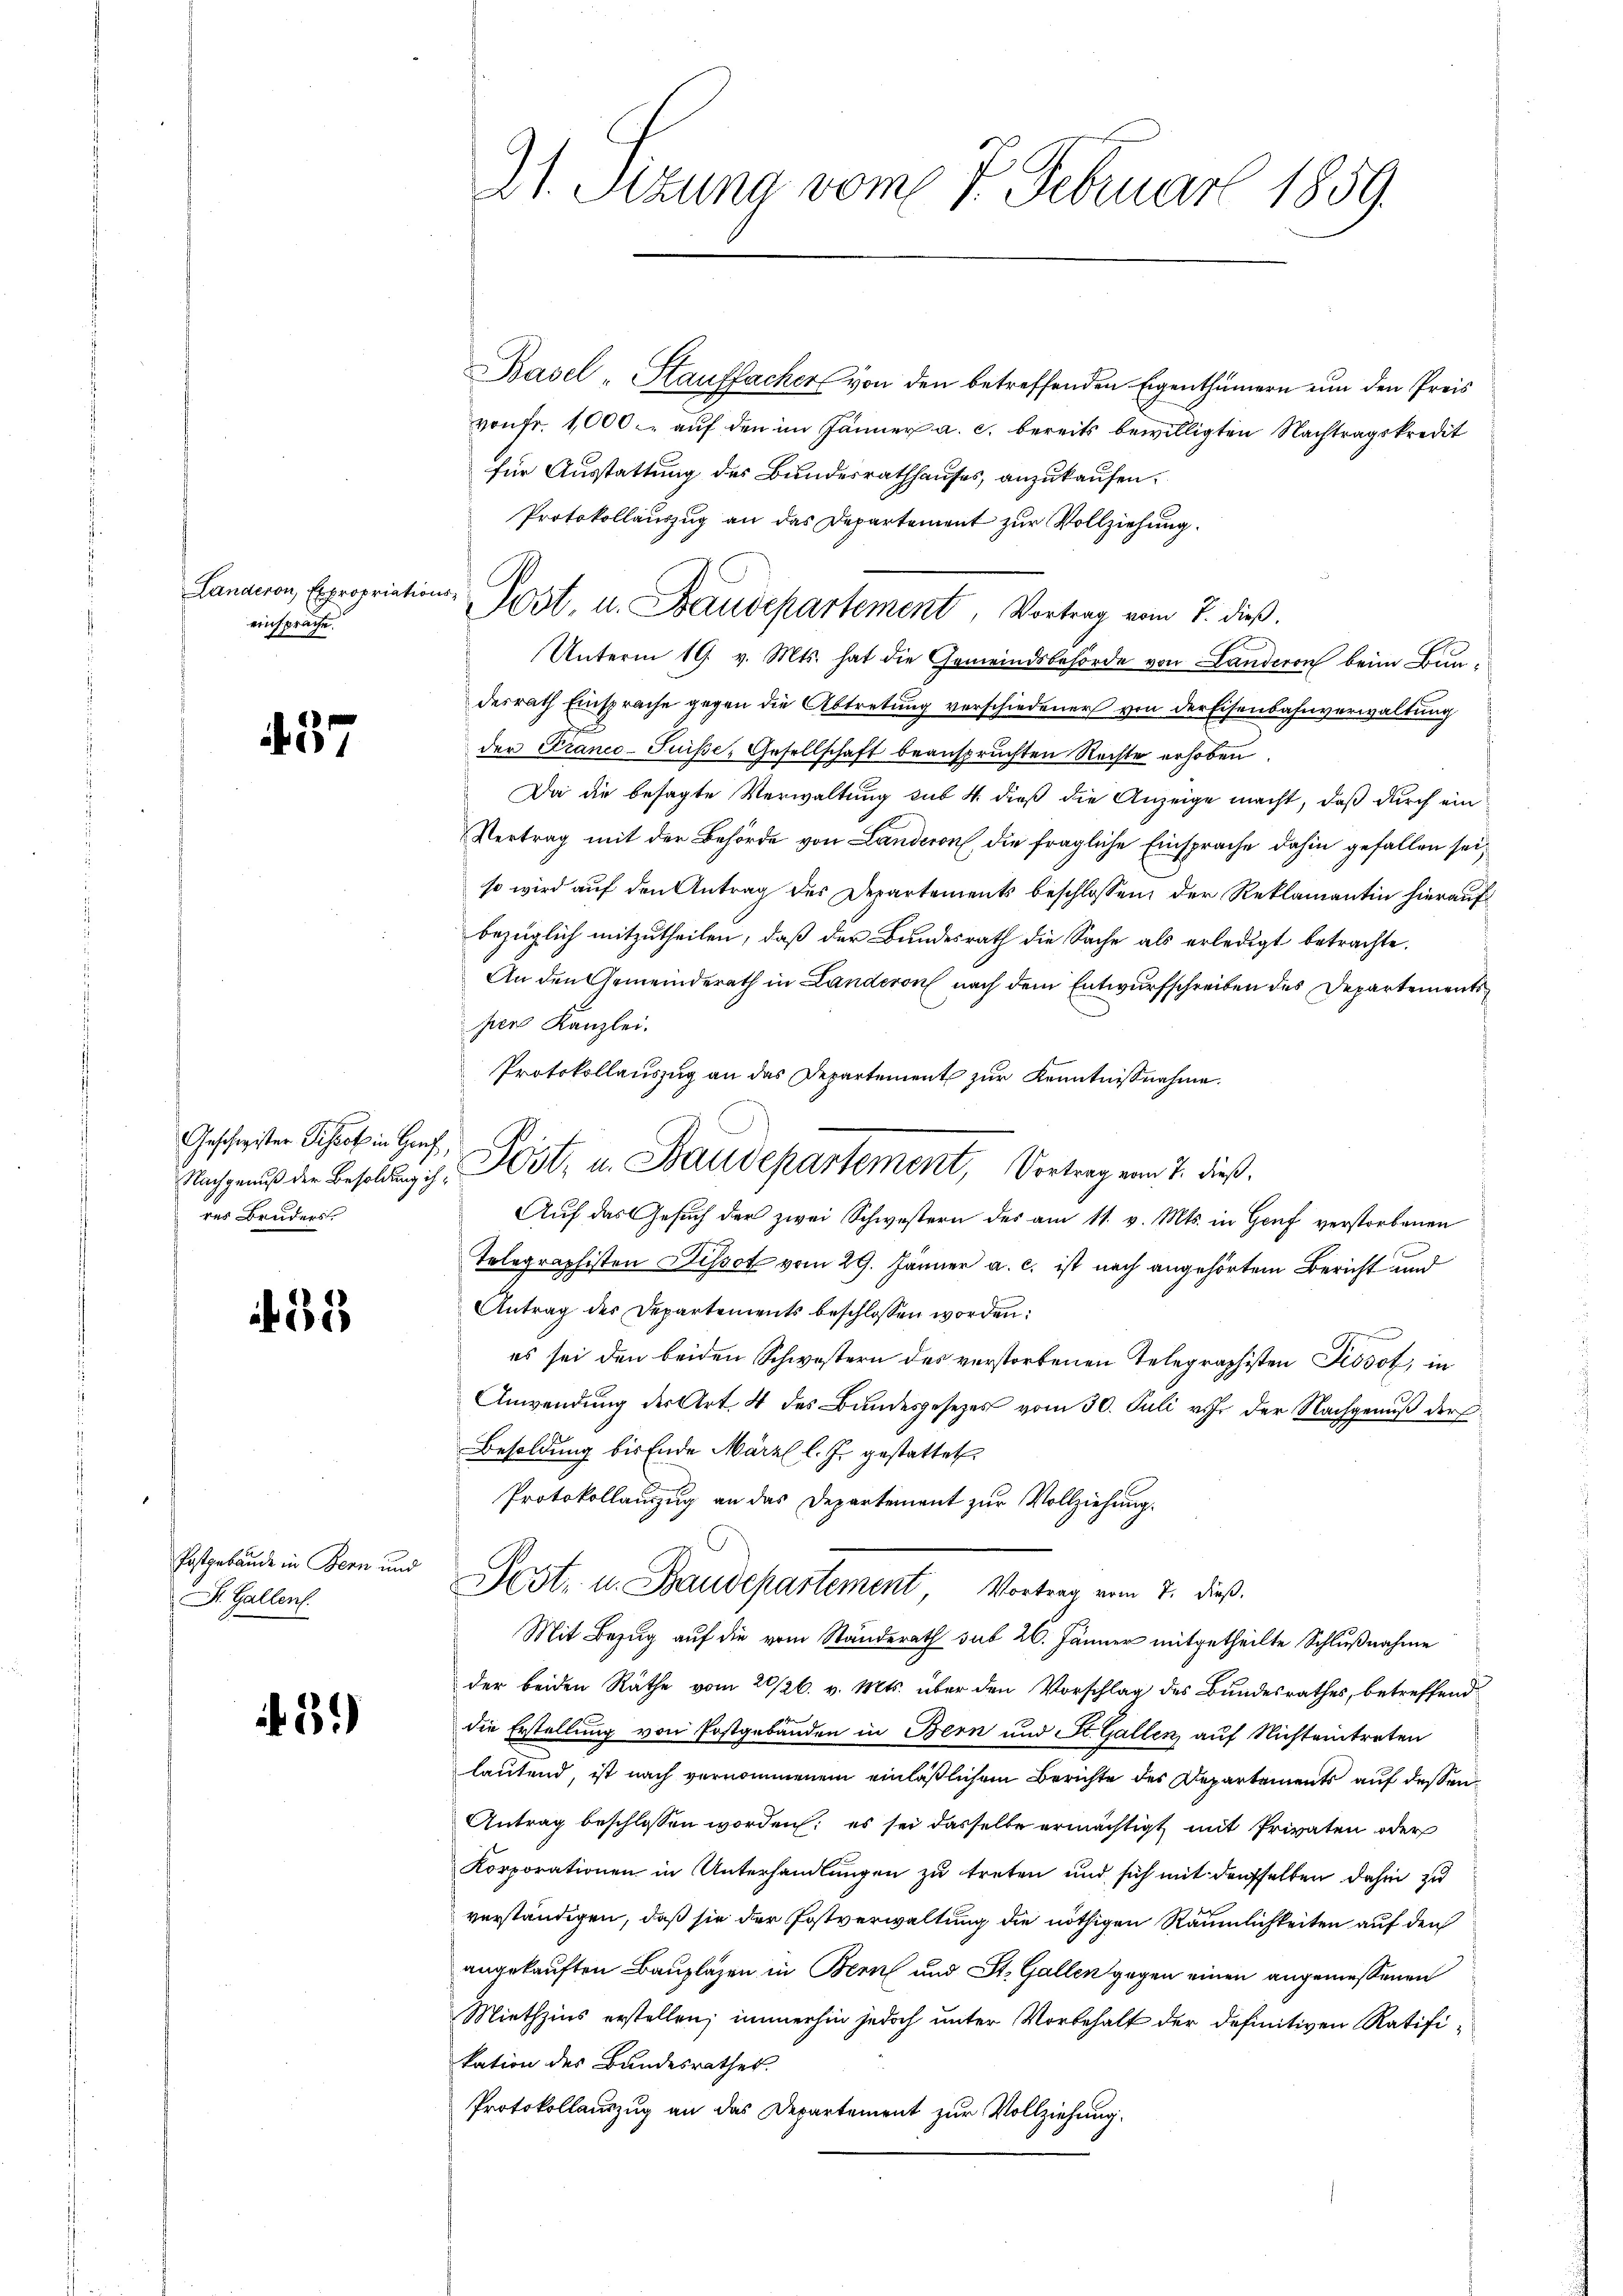
Landeron, Expropriationseinsprache.

37

Geschwister Pissot in Hanf,
res Bruders

435

Postgebäude in Bern und
Dr. Gallen

if. 51)

21. Setzung vom 7. Februar 1859.

Basel-Hauffacher von den betreffenden Eigenthümern um den Preis
von fr. 1000.- auf den im Jänner a. c. bereits bewilligten Nachtragskredit
für Ausstattung des Bundesrathhauses, anzukaufen.
Protokollauszug an das Departement zur Vollziehung.
2
Unterm 19. v. Mts. hat die Gemeindsbehörde von Landeren beim Bundesrath Einsprache gegen die Abtretung verschiedener von der Eisenbahnverwaltung
der Franco-Suisse, Gesellschaft beanspruchten Rechte erhoben,
Da die besagte Verwaltung sub 4. dieß die Anzeige macht, daß durch ein
Vertrag mit der Behörde von Landeron, die fragliche Einsprache dahin gefallen sei,
so wird auf den Antrag des Departements beschlossen, der Reklamantin hierauf
bezüglich mitzutheilen, daß der Bundesrath die Sache als erledigt betrachte.
An den Gemeinderath in Landeron nach dem Entwurfschreiben des Departements
pien Kanzlei.
Protokollauszug an das Departement zur Kenntnißnahme.
Auf das Gesuch der zwei Schwestern des am 11. v. Mts. in Genf verstorbenen
Telegraphisten Dissot vom 29. Jänner a. c. ist nach angehörtem Bericht und
Antrag des Departements beschlossen worden:
e
es sei den beiden Schwestern des verstorbenen Telegraphisten Pissot, in
Anwendŭng der Art. 4 des Bundesgesetzes vom 30. Juli v. J. der Nachgenuß der
Besoldung bis Ende März l. J. gestattet
Protokollauszug an das Departement zŭr Vollziehung.
Post- u. Baudepartement, Vortrag vom 7. dieß.
Mit Bezug auf die vom Standerath sub 20. Jänner mitgetheilte Schlußnahme
der beiden Räthe vom 20/26. v. Mts. über den Vorschlag des Bundesrathes, betreffend
die Erstellung von Postgebäuden in Bern und St. Gallen, auf Nichteintreten
lautend, ist nach vernommenem einläßlichem Berichte des Departements auf dessen
Antrag beschlossen worden; es sei dasselbe ermächtigt mit Privaten oder
Korporationen in Unterhandlungen zu treten und sich mit denselben dahin zu
verständigen, daß sie der Postverwaltung die nöthigen Räumlichkeiten auf den
angekauften Bauplazen in Bern und St. Gallen gegen einen angemessenen
Miethzins erstellen; immerhin jedoch unter Vorbehalt der definitiven Ratifikation des Bandesrathes.
Protokollauszug an das Departement zur Vollziehung.

Post. u. Baudepartement, Vortrag vom 7. dieß.

Nachgenuß der Besoldung ist. Post, u. Baudepartement, Vortrag von 7. dieß.